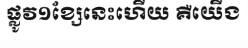
ផ្លូវ១ខ្សែនេះហើយ គឺយើង